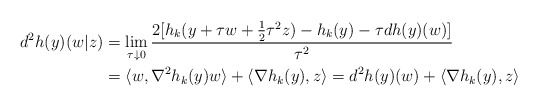
\begin{align*} d^2h(y)(w|z)&=\lim_{\tau\downarrow 0} \frac{2[h_k(y+\tau w+\frac{1}{2}\tau^2z )-h_k(y)-\tau dh(y)(w)]}{\tau^2}\\ &=\langle w,\nabla^2h_k(y)w\rangle+\langle\nabla h_k(y),z\rangle =d^2h(y)(w)+\langle\nabla h_k(y),z\rangle \end{align*}